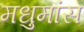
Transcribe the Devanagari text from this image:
मधुमांस